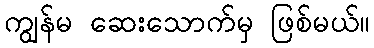
ကျွန်မ ဆေးသောက်မှ ဖြစ်မယ်။